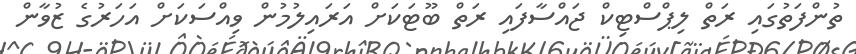
ތުންފަތުގައި ރަތް ލިޕްސްޓިކް ޖައްސާފައި ރަތް ބޫޓަކަށް އަރައިލުމުން ވިއްސަކަށް އަހަރުގެ ޒުވާން